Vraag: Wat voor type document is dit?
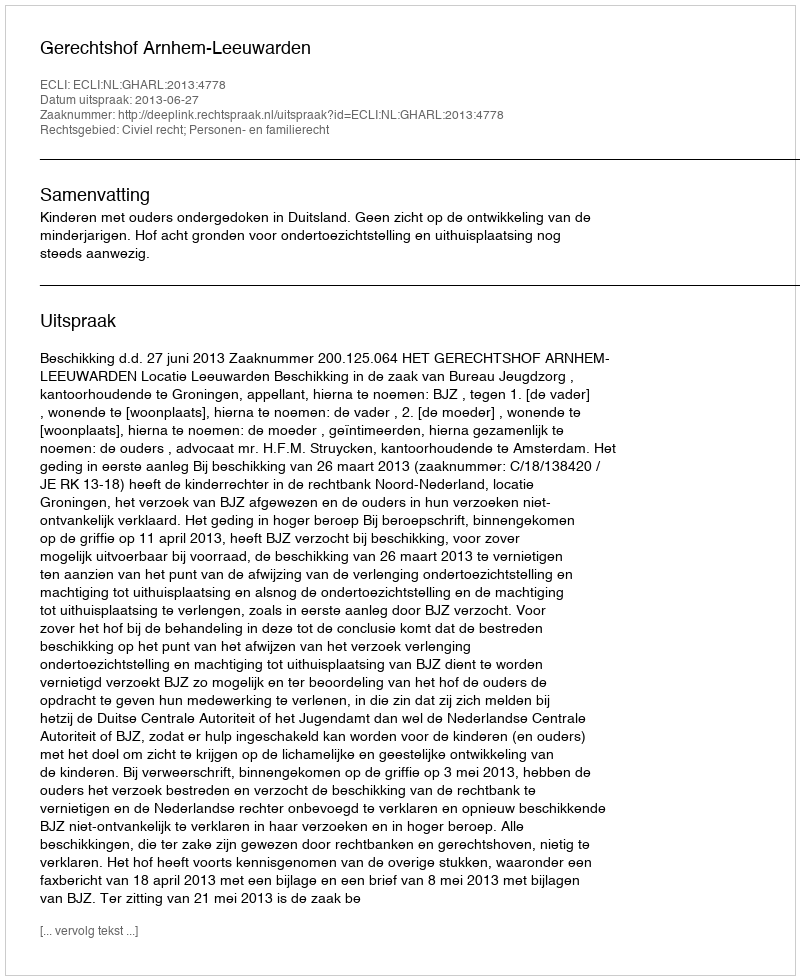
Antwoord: Uitspraak